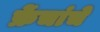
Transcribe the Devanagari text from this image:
फ्रेंचांचे